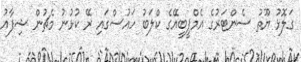
ގަލޮޅު ޔޫތު ސެންޓަރުގެ އެމްޕީބީއޭގެ ކްލަބު ހައުސްގައި ރޭ ކުޅުނު މެޗުން ޝިފާއު